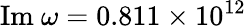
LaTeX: \mathrm{Im}~\omega=0.811\times 10^{12}